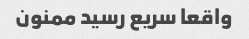
واقعا سریع رسید ممنون